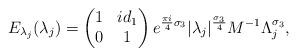
LaTeX: \begin{align*}E_{\lambda_{j}}(\lambda_{j}) = \begin{pmatrix}1 & id_{1} \\ 0 & 1\end{pmatrix} e^{\frac{\pi i}{4}\sigma_{3}} |\lambda_{j}|^{\frac{\sigma_{3}}{4}}M^{-1}\Lambda_{j}^{\sigma_{3}},\end{align*}